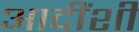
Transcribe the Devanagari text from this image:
आदींशी